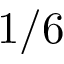
1 / 6